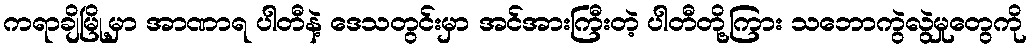
ကရာချိမြို့မှာ အာဏာရ ပါတီနဲ့ ဒေသတွင်းမှာ အင်အားကြီးတဲ့ ပါတီတို့ကြား သဘောကွဲလွဲမှုတွေကို